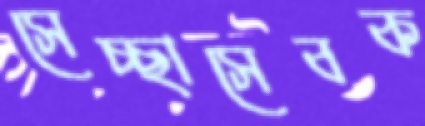
সেচ্ছাসেবক